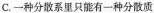
C.一种分散系里只能有一种分散质